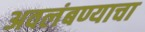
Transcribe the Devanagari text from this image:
अवलंबण्याचा